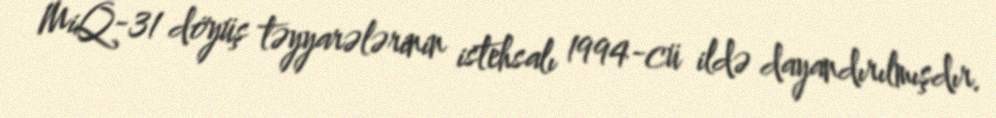
MiQ-31 döyüş təyyarələrinin istehsalı 1994-cü ildə dayandırılmışdır.